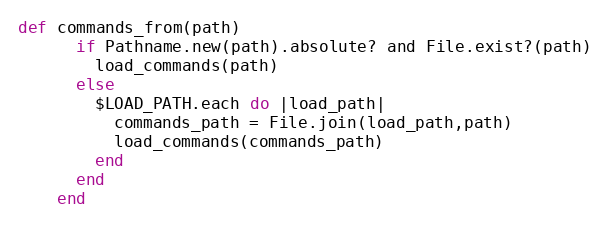
Language: Ruby
def commands_from(path)
      if Pathname.new(path).absolute? and File.exist?(path)
        load_commands(path)
      else
        $LOAD_PATH.each do |load_path|
          commands_path = File.join(load_path,path)
          load_commands(commands_path)
        end
      end
    end